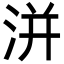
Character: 洴